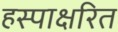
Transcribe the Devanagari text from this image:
हस्पाक्षरित